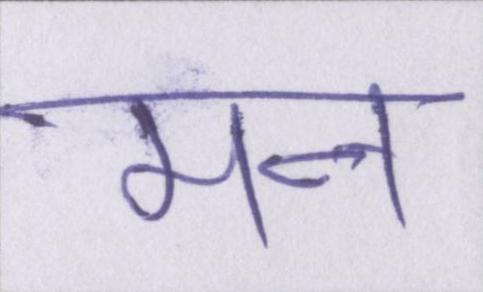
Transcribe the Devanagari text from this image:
मन